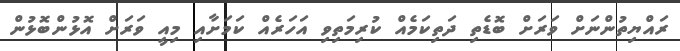
ރައްޔިތުންނަށް ވަރަށް ބޮޑެތި ދަތިކަމެއް ކުރިމަތިވި އަހަރެއް ކަމަށާއި މިއީ ވަރަށް އޮޅުންބޮޅުން